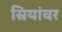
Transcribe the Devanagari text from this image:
स्रियांवर